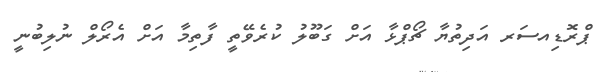
ޕްރޮޑިއސަރ އަދިތުޔާ ޗޯޕްޅާ އަށް ގަބޫލު ކުރެވޭތީ ފާތިމާ އަށް އެރޯލް ނުލިބުނީ